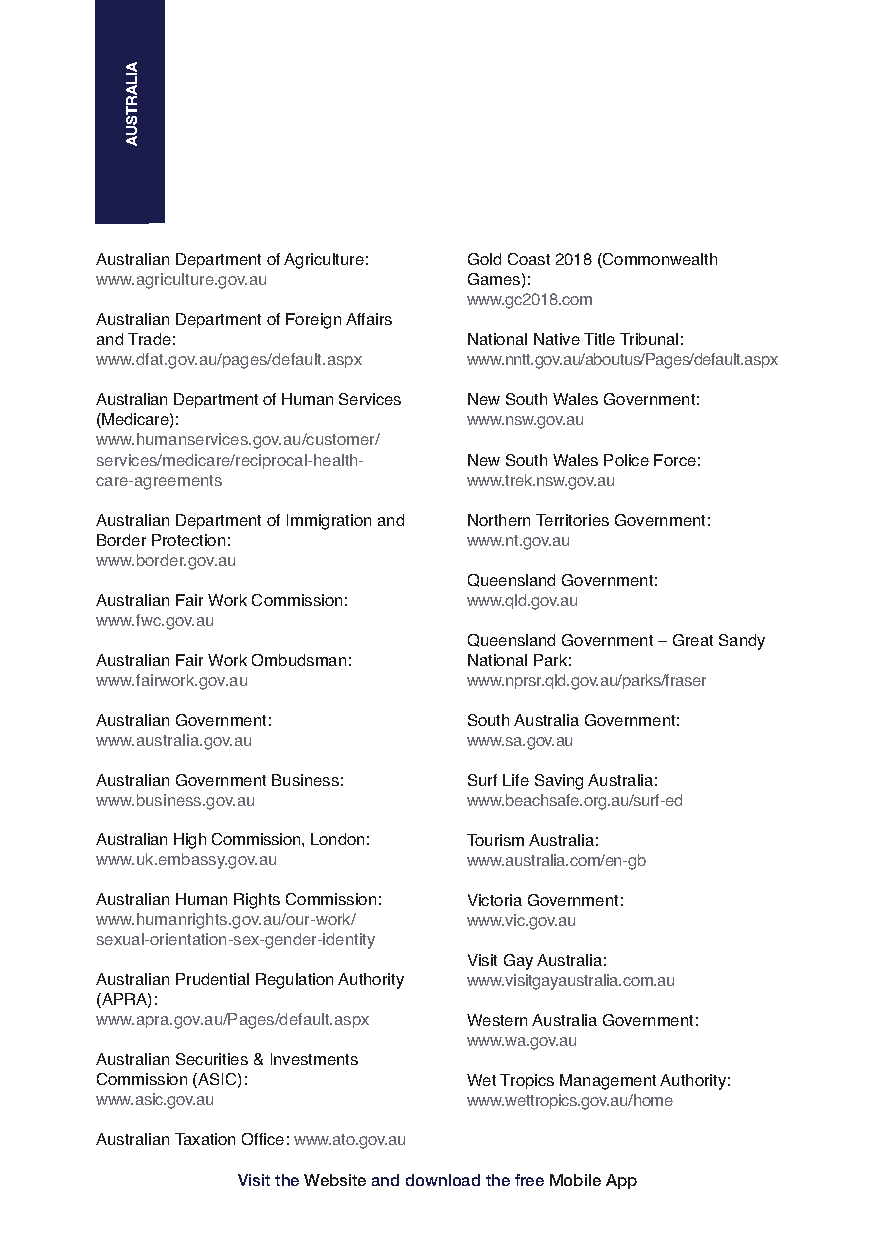
Australian Department of Agriculture: Gold Coast 2018 (Commonwealth
 www.agriculture.gov.au   Games):
 www.gc2018.com
 Australian Department of Foreign Affairs
 and Trade:               National Native Title Tribunal:
 www.dfat.gov.au/pages/default.aspx www.nntt.gov.au/aboutus/Pages/default.aspx
 Australian Department of Human Services New South Wales Government:
 (Medicare):              www.nsw.gov.au
 www.humanservices.gov.au/customer/
 services/medicare/reciprocal-health- New South Wales Police Force:
 care-agreements          www.trek.nsw.gov.au
 Australian Department of Immigration and Northern Territories Government:
 Border Protection:       www.nt.gov.au
 www.border.gov.au
 Queensland Government:
 Australian Fair Work Commission: www.qld.gov.au
 www.fwc.gov.au
 Queensland Government – Great Sandy
 Australian Fair Work Ombudsman: National Park:
 www.fairwork.gov.au      www.nprsr.qld.gov.au/parks/fraser
 Australian Government:   South Australia Government:
 www.australia.gov.au     www.sa.gov.au
 Australian Government Business: Surf Life Saving Australia:
 www.business.gov.au      www.beachsafe.org.au/surf-ed
 Australian High Commission, London: Tourism Australia:
 www.uk.embassy.gov.au    www.australia.com/en-gb
 Australian Human Rights Commission: Victoria Government:
 www.humanrights.gov.au/our-work/ www.vic.gov.au
 sexual-orientation-sex-gender-identity
 Visit Gay Australia:
 Australian Prudential Regulation Authority www.visitgayaustralia.com.au
 (APRA):
 www.apra.gov.au/Pages/default.aspx Western Australia Government:
 www.wa.gov.au
 Australian Securities & Investments
 Commission (ASIC):       Wet Tropics Management Authority:
 www.asic.gov.au          www.wettropics.gov.au/home
 Australian Taxation Office: www.ato.gov.au
 Visit the Websiteand download the free Mobile App
 AILARTSUA